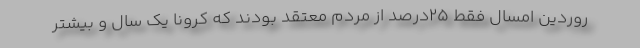
روردین امسال فقط ۲۵درصد از مردم معتقد بودند که کرونا یک سال و بیشتر